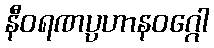
နီဝရဏပ္ပဟာနဝဂ္ဂေါ